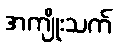
အကျိုးသက်